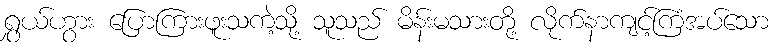
ရွှယ်ဟွား ပြောကြားဖူးသကဲ့သို့ သူသည် မိန်းမသားတို့ လိုက်နာကျင့်ကြံအပ်သော